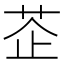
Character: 𦮳